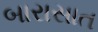
બારાસાત